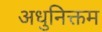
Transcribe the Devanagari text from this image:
अधुनिक्तम